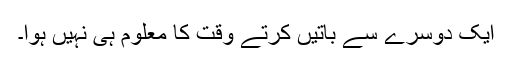
ایک دوسرے سے باتیں کرتے وقت کا معلوم ہی نہیں ہوا۔